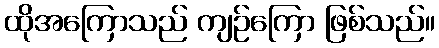
ထိုအကြောသည် ကျဉ်ကြော ဖြစ်သည်။